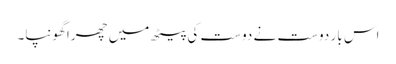
اس بار دوست نے دوست کی پیٹھ میں چھرا گھونپا۔